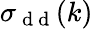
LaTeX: \sigma_{\mathrm{~d~d~}}(k)